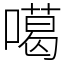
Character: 噶